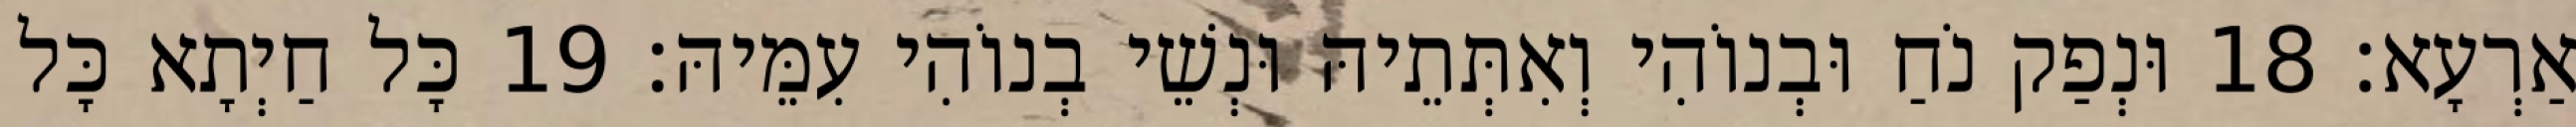
אַרְעָא׃ 18 וּנְפַק נֹחַ וּבְנוֹהִי וְאִתְּתֵיהּ וּנְשֵׁי בְנוֹהִי עִמֵּיהּ׃ 19 כָּל חַיְתָא כָּל